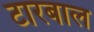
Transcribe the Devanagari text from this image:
टारबाल